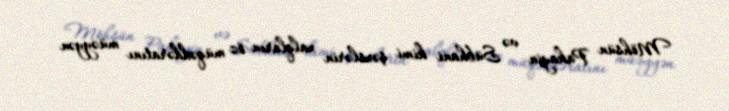
Möhsün Pakayin və Sübhani kimi şəxslərin xalqların öz müqəddəratını müəyyən